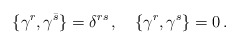
\begin{align*}\{ \gamma^r, \gamma^{\bar s} \} = \delta^{r s}\, ,\quad \{ \gamma^r, \gamma^s \} = 0\, .\end{align*}